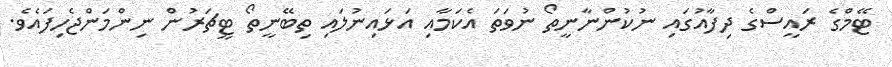
ޓޭމްގެ ރައީސްގެ ދިފާއުގައި ނުކުންނާނީތޯ ނުވަތަ އެކަމާއި އަޅައިނުލައި ތިބޭނީތޯ ޓީޗަރުން ނިންމަންޖެހިފައެވެ.